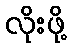
လိုးဖို့